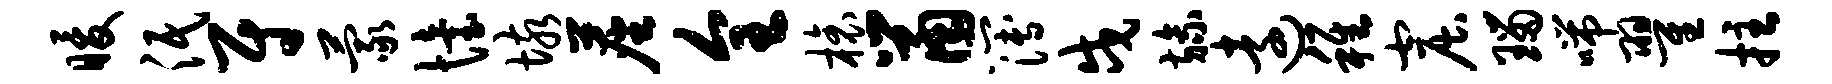
暖泯尉蒙怡垓尘全榱鼠簿戍旒远稚窟瑙喘翟拄